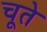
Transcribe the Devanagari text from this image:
चूते